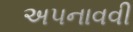
અ૫નાવવી